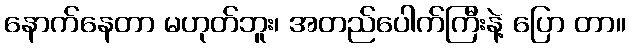
နောက်နေတာ မဟုတ်ဘူး၊ အတည်ပေါက်ကြီးနဲ့ ပြော တာ။